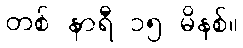
တစ် နာရီ ၁၅ မိနစ်။